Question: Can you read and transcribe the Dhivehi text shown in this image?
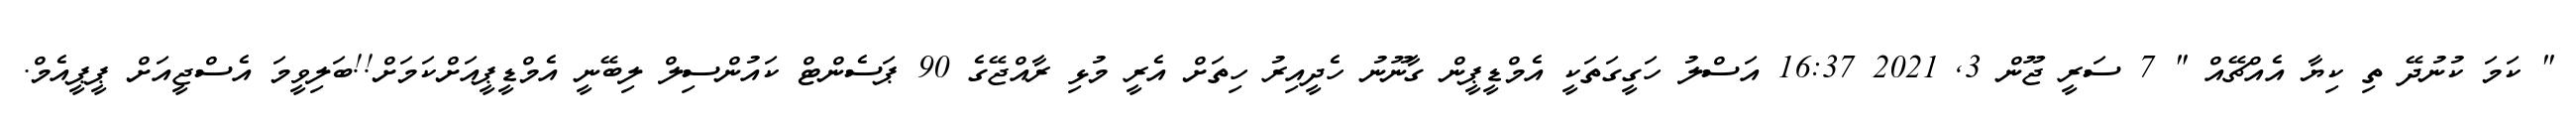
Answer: " ކަމަ ކުނުދޭ ތި ކިޔާ އެއްޗޭއް " 7 ސަރީ ޖޫން 3, 2021 16:37 އަސްލު ހަގީގަތަކީ އެމްޑީޕީން ގާނޫނު ހެދީއިރު ހިތަށް އެރީ މުޅި ރާއްޖޭގެ 90 ޕަސެންޓް ކައުންސިލް ލިބޭނީ އެމްޑީޕީއަށްކަމަށް!!ބަލިވީމަ އެސްޖީއަށް ޕީޕީއެމް.